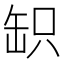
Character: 䍉